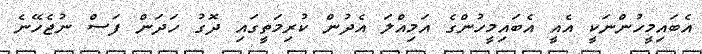
އެބައިމީހުންނަކީ އެއީ އެބައިމީހުންގެ އަމިއްލަ އެދުން ކުރިމަތީގައި ދޮގު ހަދަން ފަސް ނުޖެހޭނެ